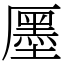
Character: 㕓